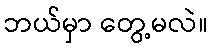
ဘယ်မှာ တွေ့မလဲ။